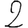
Digit: 2